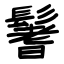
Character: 鬐